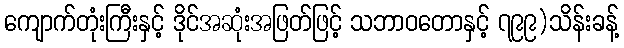
ကျောက်တုံးကြီးနှင့် ဒိုင်အဆုံးအဖြတ်ဖြင့် သဘာဝတောနှင့် ၇၉၉)သိန်းခန့်